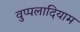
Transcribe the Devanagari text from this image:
वुप्पलादियाम